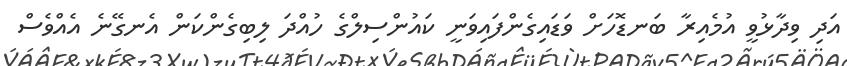
އަދި ވިދާޅުވީ އުމެއިރާ ބަނޑޮހަށް ވަޑައިގެންފައިވަނީ ކައުންސިލްގެ ހުއްދަ ލިބިގެންކަން އެނގޭނެ އެއްވެސް